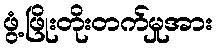
ဖွံ့ဖြိုးတိုးတက်မှုအား